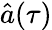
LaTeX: \hat{a}(\tau)